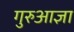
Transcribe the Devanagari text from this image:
गुरुआज्ञा